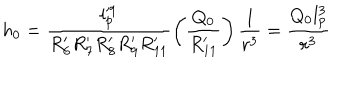
LaTeX: h _ { 0 } = \frac { l _ { p } ^ { \prime 9 } } { R _ { 6 } ^ { \prime } R _ { 7 } ^ { \prime } R _ { 8 } ^ { \prime } R _ { 9 } ^ { \prime } R _ { 1 1 } ^ { \prime } } \left( \frac { Q _ { 0 } } { R _ { 1 1 } ^ { \prime } } \right) \frac { 1 } { r ^ { 3 } } = \frac { Q _ { 0 } l _ { p } ^ { 3 } } { r ^ { 3 } }